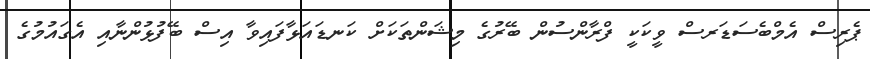
ޕެރިސް އެމްބެސަޑަރސް ވީކަކީ ފްރާންސުން ބޭރުގެ މިޝަންތަކަށް ކަނޑައަޅާފައިވާ އިސް ބޭފުޅުންނާއި އެގައުމުގެ